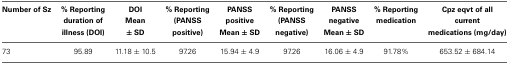
<table><thead><tr><td><b>Number of Sz</b></td><td><b>% Reporting duration of illness (DOI)</b></td><td><b>DOI Mean ± SD</b></td><td><b>% Reporting (PANSS positive)</b></td><td><b>PANSS positive Mean ± SD</b></td><td><b>% Reporting (PANSS negative)</b></td><td><b>PANSS negative Mean ± SD</b></td><td><b>% Reporting medication</b></td><td><b>Cpz eqvt of all current medications (mg/day)</b></td></tr></thead><tbody><tr><td>73</td><td>95.89</td><td>11.18 ± 10.5</td><td>97.26</td><td>15.94 ± 4.9</td><td>97.26</td><td>16.06 ± 4.9</td><td>91.78%</td><td>653.52 ± 684.14</td></tr></tbody></table>